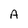
Character: A